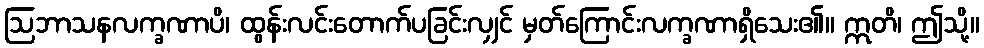
ဩဘာသနလက္ခဏာပိ၊ ထွန်းလင်းတောက်ပခြင်းလျှင် မှတ်ကြောင်းလက္ခဏာရှိသေး၏။ ဣတိ၊ ဤသို့။